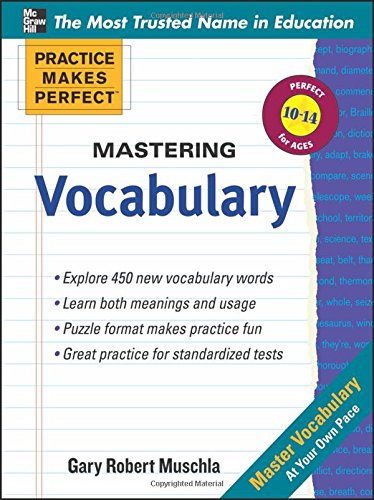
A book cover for Practice Makes Perfect Mastering Vocabulary (Practice Makes Perfect Series); Gary Muschla; Reference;